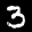
Label: 3